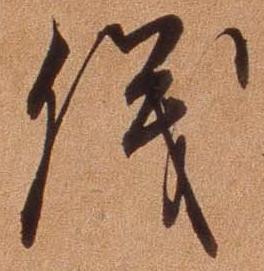
儀